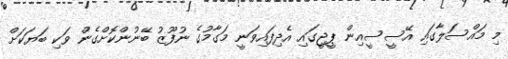
މި މައްސަލާގައި އޭސީސީއިން ޕީޖީގައި އެދިފައިވަނީ މަގާމުގެ ނުފޫޒު ބޭނުންކޮށްގެން ވަކި ބަޔަކަށް